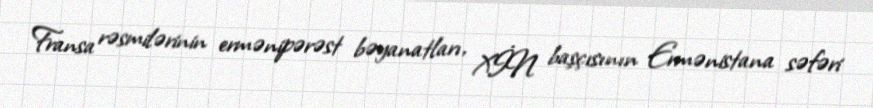
Fransa rəsmilərinin ermənipərəst bəyanatları, XİN başçısının Ermənistana səfəri